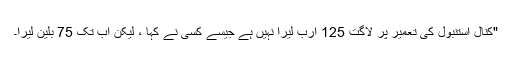
"کنال استنبول کی تعمیر پر لاگت 125 ارب لیرا نہیں ہے جیسے کسی نے کہا ، لیکن اب تک 75 بلین لیرا۔